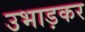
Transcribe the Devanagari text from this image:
उभाड़कर